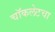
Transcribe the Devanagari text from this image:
चॉकलेटचा